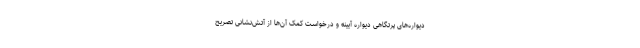
دیواره‌های پرتگاهی دیواره آیینه و درخواست کمک آن‌ها از آتش‌نشانی تصریح